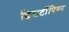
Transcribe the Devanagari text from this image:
डिसटॉपियन